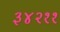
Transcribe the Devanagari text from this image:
३४२११